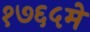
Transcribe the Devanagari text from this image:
१७६५मे